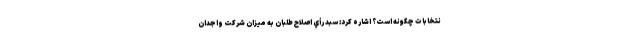
نتخابات چگونه است؟ اشاره کرد: سبد رأي اصلاح طلبان به ميزان شركت واجدان